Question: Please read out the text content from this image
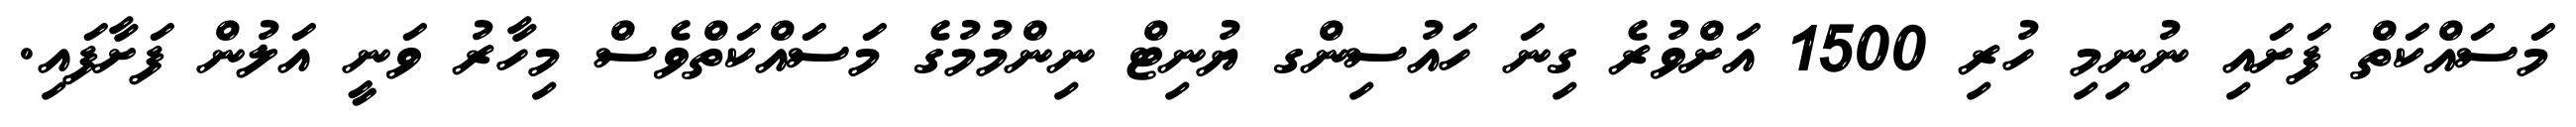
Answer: މަސައްކަތް ފަށައި ނުނިމި ހުރި 1500 އަށްވުރެ ގިނަ ހައުސިންގ ޔުނިޓް ނިންމުމުގެ މަސައްކަތްވެސް މިހާރު ވަނީ އަލުން ފަށާފައި.